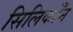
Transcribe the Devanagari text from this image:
सिलिकाँन